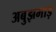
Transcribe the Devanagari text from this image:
अबुझमाड़